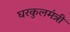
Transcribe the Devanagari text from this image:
घरकुलमंत्री